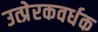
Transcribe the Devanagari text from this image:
उत्प्रेरकवर्धक